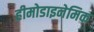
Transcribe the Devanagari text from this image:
हीमोडाइनेमिक